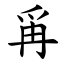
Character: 爯